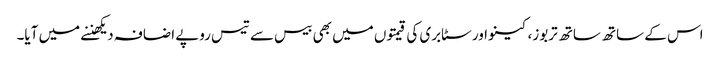
اس کے ساتھ ساتھ تربوز، کینو اور سٹابری کی قیمتوں میں بھی بیس سے تیس روپے اضافہ دیکھننے میں آیا۔